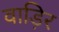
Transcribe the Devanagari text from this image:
वाड़िर